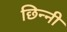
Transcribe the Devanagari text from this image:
छिन्‍नी